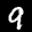
Label: 9